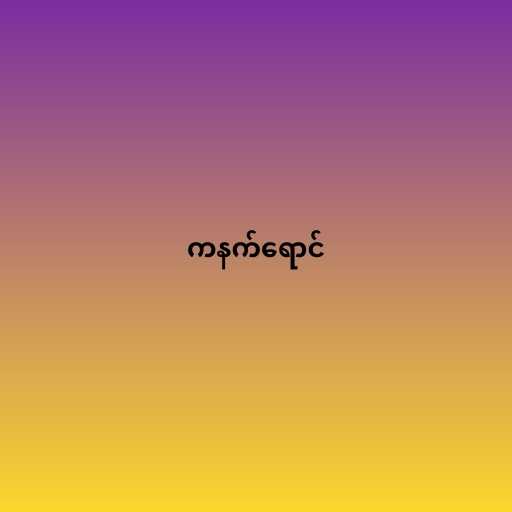
ကနက်ရောင်